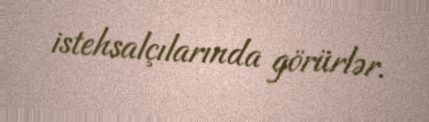
istehsalçılarında görürlər.